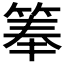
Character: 𬕏